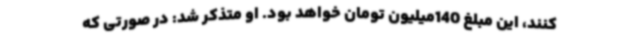
کنند، این مبلغ 140‌میلیون تومان خواهد بود. او متذکر شد: در صورتی که